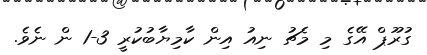
ގުރޫޕް އޭގެ މި މެޗު ނިއު އިން ކާމިޔާބުކުރީ 3-1 ން ނެވެ.